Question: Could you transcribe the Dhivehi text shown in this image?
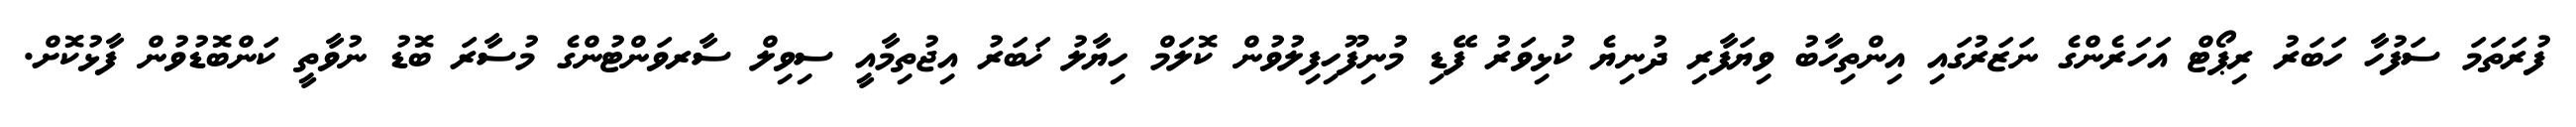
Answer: ފުރަތަމަ ސަފުހާ ހަބަރު ރިޕޯޓް އަހަރެންގެ ނަޒަރުގައި އިންތިހާބު ވިޔަފާރި ދުނިޔެ ކުޅިވަރު ފޭޑި މުނިފޫހިފިލުވުން ކޮލަމް ހިޔާލު ޚަބަރު އިޖުތިމާއީ ސިވިލް ސާރވަންޓުންގެ މުސާރަ ބޮޑު ނުވާތީ ކަންބޮޑުވުން ފާޅުކޮށް.